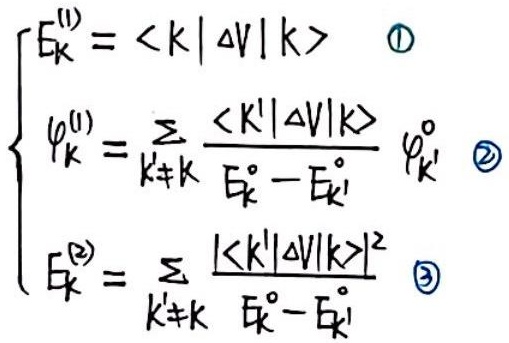
\[
\begin{cases}
E_{\mathrm{k}}^{(1)} = \langle k|\Delta V|k\rangle & \textcircled{1}\\
\varphi_{\mathrm{k}}^{(1)} = \sum_{k'\neq k} \frac{\langle k'|\Delta V|k\rangle}{E_{\mathrm{k}}^{0}-E_{\mathrm{k}'}^{0}} \varphi_{\mathrm{k}'}^{0} & \textcircled{2}\\
E_{\mathrm{k}}^{(2)} = \sum_{k'\neq k} \frac{|\langle k'|\Delta V|k\rangle|^{2}}{E_{\mathrm{k}}^{0}-E_{\mathrm{k}'}^{0}} & \textcircled{3}
\end{cases}
\]